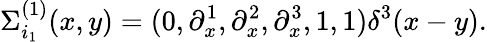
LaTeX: \Sigma_{i_{1}}^{(1)}(x,y)=(0,\partial_{x}^{1},\partial_{x}^{2},\partial_{x}^{3},1,1)\delta^{3}(x-y).